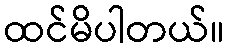
ထင်မိပါတယ်။